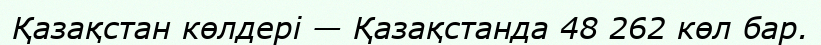
Қазақстан көлдері — Қазақстанда 48 262 көл бар.